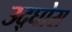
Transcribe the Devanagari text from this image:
उद्घोस